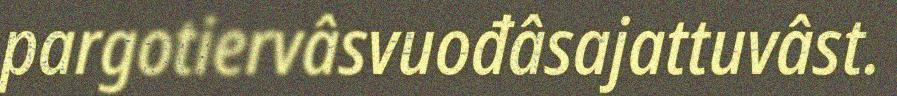
pargotiervâsvuođâsajattuvâst.